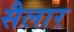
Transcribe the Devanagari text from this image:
सैलार